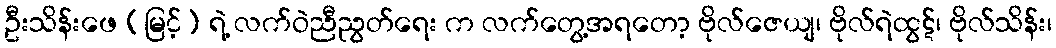
ဦးသိန်းဖေ (မြင့်) ရဲ့ လက်ဝဲညီညွတ်ရေး က လက်တွေ့အရတော့ ဗိုလ်ဇေယျ၊ ဗိုလ်ရဲထွဋ်၊ ဗိုလ်သိန်း၊